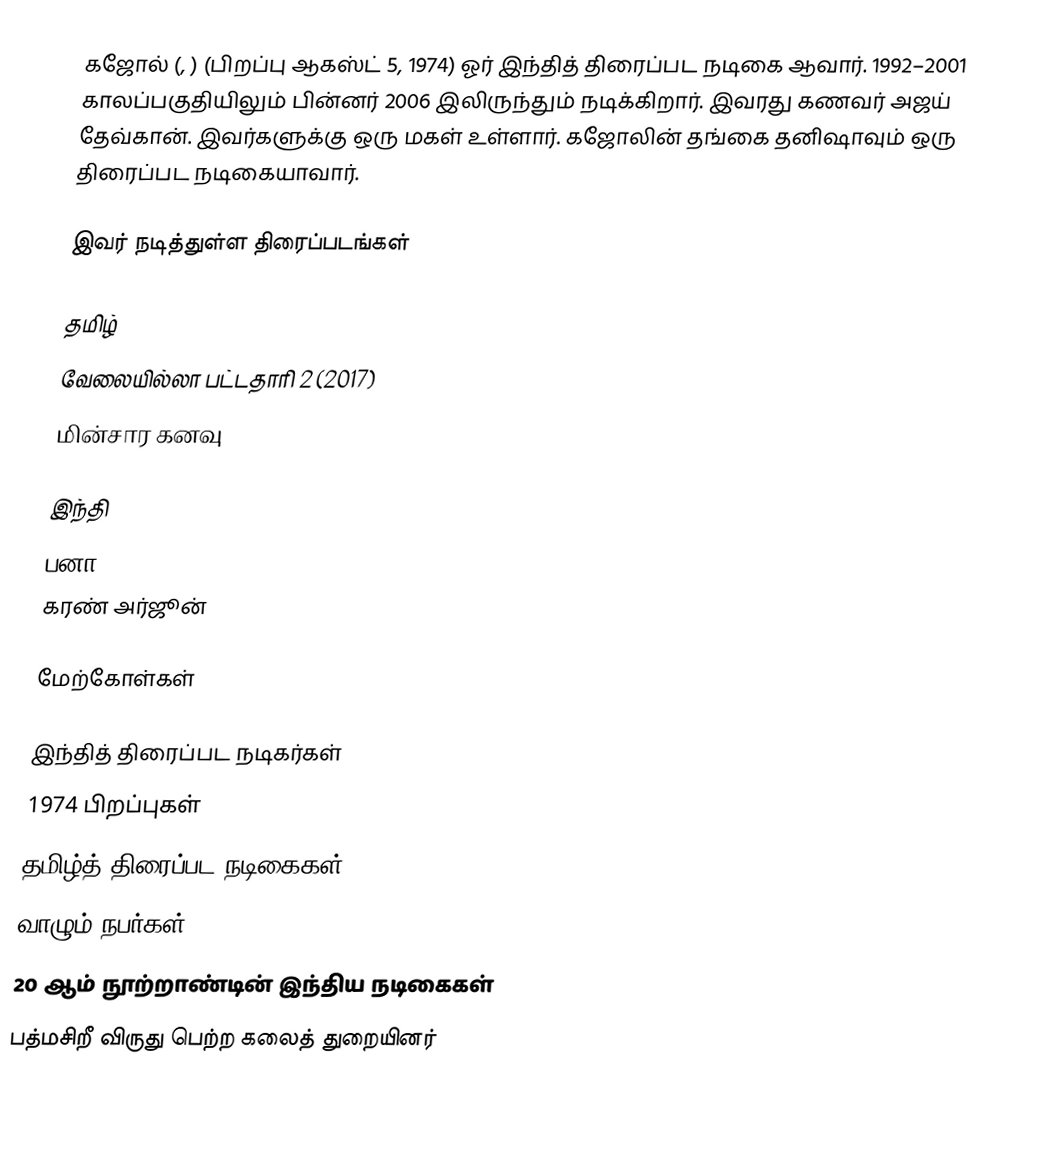
கஜோல் (, ) (பிறப்பு ஆகஸ்ட் 5, 1974) ஓர் இந்தித் திரைப்பட நடிகை ஆவார். 1992–2001 காலப்பகுதியிலும் பின்னர் 2006 இலிருந்தும் நடிக்கிறார். இவரது கணவர் அஜய் தேவ்கான். இவர்களுக்கு ஒரு மகள் உள்ளார். கஜோலின் தங்கை தனிஷாவும் ஒரு திரைப்பட நடிகையாவார்.

இவர் நடித்துள்ள திரைப்படங்கள்

தமிழ்
 வேலையில்லா பட்டதாரி 2 (2017)
 மின்சார கனவு

இந்தி
 பனா
 கரண் அர்ஜூன்

மேற்கோள்கள்

இந்தித் திரைப்பட நடிகர்கள்
1974 பிறப்புகள்
தமிழ்த் திரைப்பட நடிகைகள்
வாழும் நபர்கள்
20 ஆம் நூற்றாண்டின் இந்திய நடிகைகள்
பத்மசிறீ விருது பெற்ற கலைத் துறையினர்